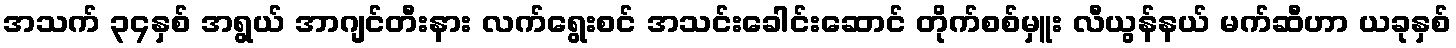
အသက် ၃၄နှစ် အရွယ် အာဂျင်တီးနား လက်ရွေးစင် အသင်းခေါင်းဆောင် တိုက်စစ်မှူး လီယွန်နယ် မက်ဆီဟာ ယခုနှစ်